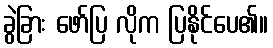
ခွဲခြား ဖော်ပြ လိုက ပြနိုင်ပေ၏။